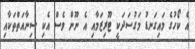
އެ ކޯހުގެ މައިގަނޑު މަގުސަދަކީ ޓޫރިޒަމާއި އެ ނޫން ވެސް އެކި ސިނާއަތްތަކާއި